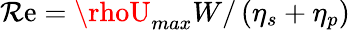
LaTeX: \mathcal{R}\mathrm{e}=\rhoU_{{max}}W/\left(\eta_{s}+\eta_{p}\right)